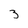
Character: 3